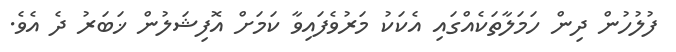
ފުލުހުން ދިން ހަމަލާތަކެއްގައި އެކަކު މަރުވެފައިވާ ކަމަށް އޮފިޝަލުން ޚަބަރު ދެ އެވެ.